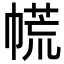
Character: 㡛